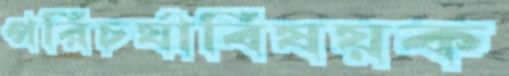
পরিচর্যাবিষয়ক